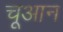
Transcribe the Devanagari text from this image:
चूआन